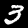
Label: 3